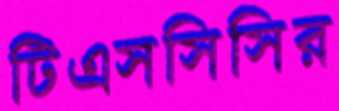
টিএসসিসির